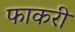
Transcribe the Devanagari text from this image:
फाकरी